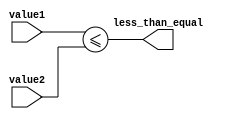
module less_than_eq_comparator (
    input [7:0] value1,
    input [7:0] value2,
    output less_than_equal
);

assign less_than_equal = (value1 <= value2);

endmodule